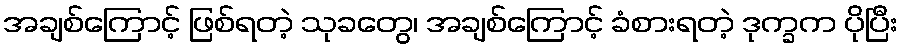
အချစ်ကြောင့် ဖြစ်ရတဲ့ သုခတွေ၊ အချစ်ကြောင့် ခံစားရတဲ့ ဒုက္ခက ပိုပြီး